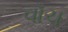
વૉચ